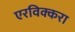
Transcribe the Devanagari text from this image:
एरविक्करा